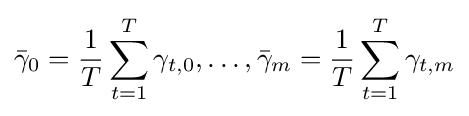
{\bar {\gamma }}_{0}={\frac {1}{T}}\sum _{t=1}^{T}\gamma _{t,0},\ldots ,{\bar {\gamma }}_{m}={\frac {1}{T}}\sum _{t=1}^{T}\gamma _{t,m}